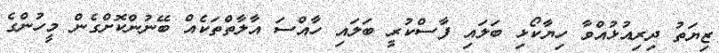
ޒިޔަތު ދިރިއުޅުއްވާ ހިޔާކޯޅި ބަލައި ފާސްކުރީ ބަލައި ހާއްސަ އާލާތްތަކެއް ބޭނުންކޮށްގެން މީހުންގެ